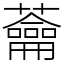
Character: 蘥